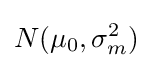
N(\mu _{0},\sigma _{m}^{2})